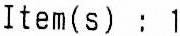
ITEM(S) : 1